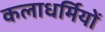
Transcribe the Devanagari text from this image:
कलाधर्मियों